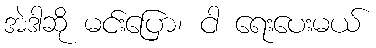
အဲဒါဆို မင်းပြော၊ ငါ ရေးပေးမယ်